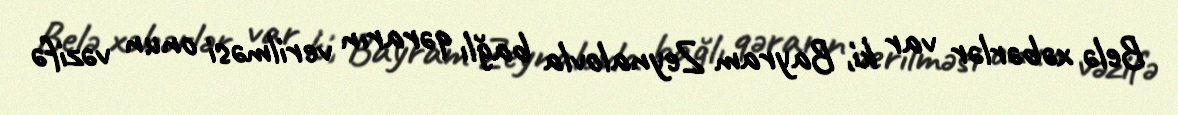
Belə xəbərlər var ki, Bayram Zeynalovla bağlı qərarın verilməsi onun vəzifə